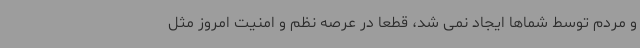
و مردم توسط شماها ایجاد نمی شد، قطعا در عرصه نظم و امنیت امروز مثل